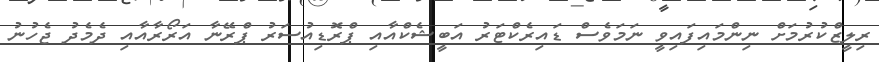
ރިލީޒްކުރުމަށް ނިންމައިފައިވީ ނަމަވެސް ޑައިރެކްޓަރު އަބީޝެކްއާއި ޕްރޮޑިއުސަރު ޕްރޭނާ އަރޯރާއާއި ދެމެދު ޖެހުނު